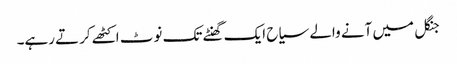
جنگل میں آنے والے سیاح ایک گھنٹے تک نوٹ اکٹھے کرتے رہے۔